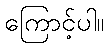
ကြောင့်ပါ။